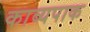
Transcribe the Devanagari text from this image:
काव्यपाक